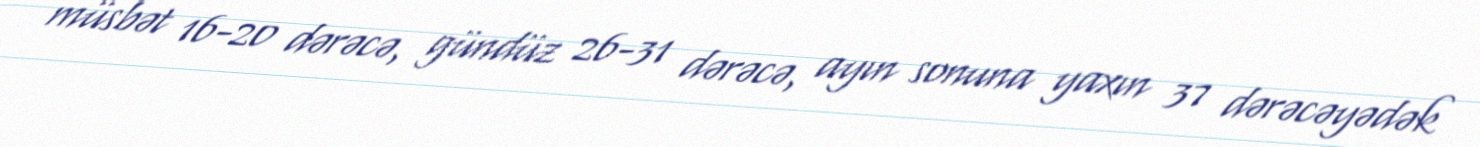
müsbət 16-20 dərəcə, gündüz 26-31 dərəcə, ayın sonuna yaxın 37 dərəcəyədək